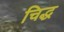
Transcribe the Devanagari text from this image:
चिद्ध